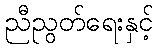
ညီညွတ်ရေးနှင့်